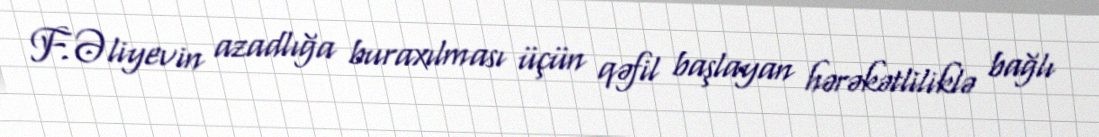
F.Əliyevin azadlığa buraxılması üçün qəfil başlayan hərəkətliliklə bağlı